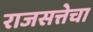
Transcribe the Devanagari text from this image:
राजसत्तेचा